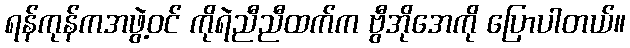
ရန်ကုန်ကအဖွဲ့ဝင် ကိုရဲညီညီထက်က ဗွီအိုအေကို ပြောပါတယ်။